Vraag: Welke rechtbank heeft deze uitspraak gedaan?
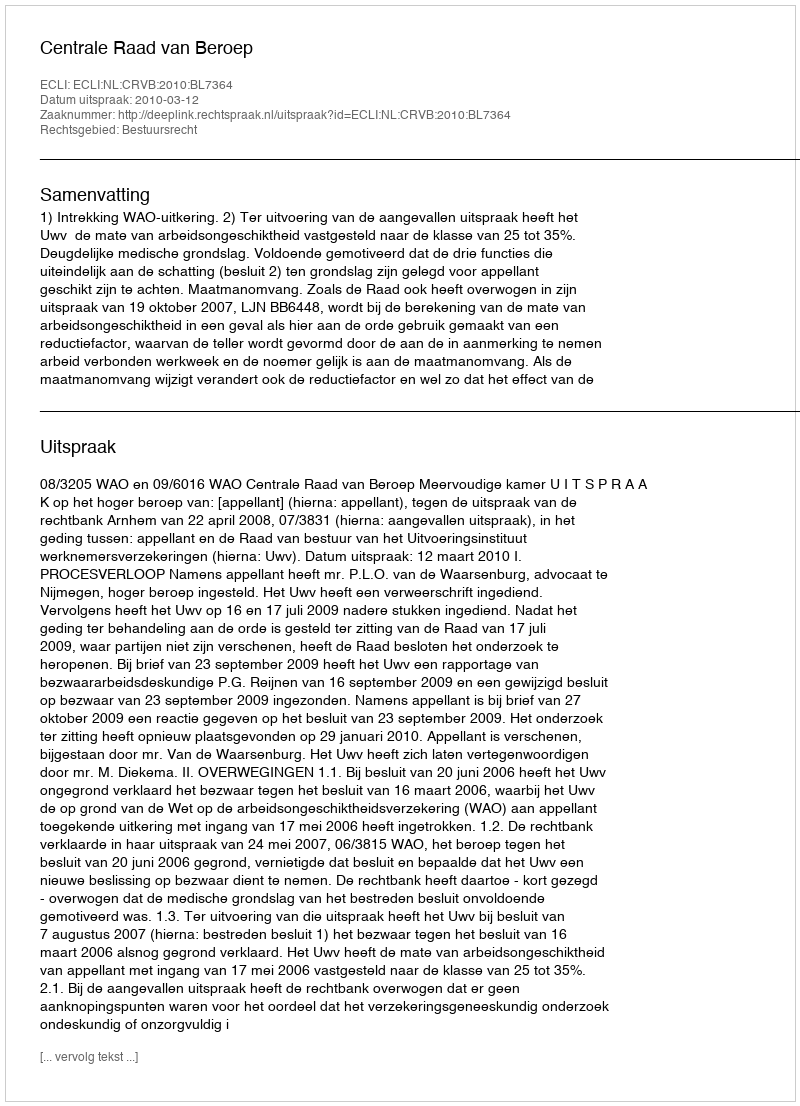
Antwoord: Centrale Raad van Beroep